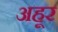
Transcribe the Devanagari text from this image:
अहूर